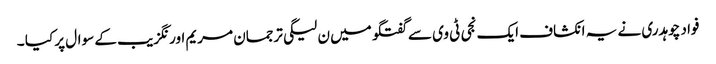
فواد چوہدری نے یہ انکشاف ایک نجی ٹی وی سے گفتگو میں ن لیگی ترجمان مریم اورنگزیب کے سوال پر کیا ۔